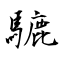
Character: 騼